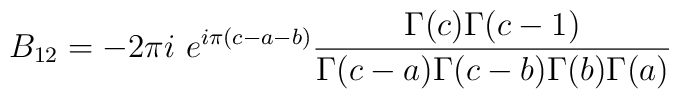
B_{12} = -2\pi i~e^{i\pi(c-a-b)}\frac{\Gamma(c)\Gamma(c-1)}{\Gamma(c-a)\Gamma(c-b)\Gamma(b)\Gamma(a)}